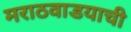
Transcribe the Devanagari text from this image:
मराठवाडयाची